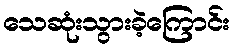
သေဆုံးသွားခဲ့ကြောင်း